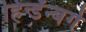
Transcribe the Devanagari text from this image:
हिन्डॅन्बर्ग